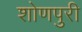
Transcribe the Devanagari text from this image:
शोणपुरी